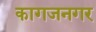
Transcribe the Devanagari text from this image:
कागजनगर